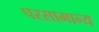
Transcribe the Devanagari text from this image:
परसामान्य